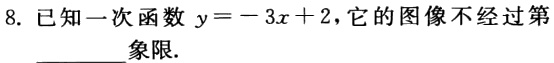
8. 已知一次函数 \(y = - 3x + 2\)，它的图像不经过第________象限.